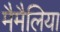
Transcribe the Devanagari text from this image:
मैमैलिया